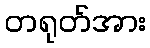
တရုတ်အား